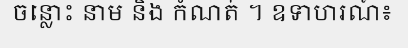
ចន្លោះ នាម និង កំណត់ ។ ឧទាហរណ៍៖